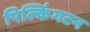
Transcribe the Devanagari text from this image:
पिल्किंगटन